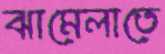
ঝামেলাতে